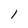
Character: 1